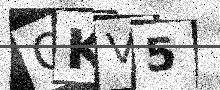
Text: QKV5